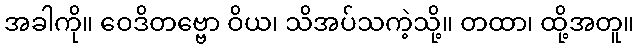
အခါကို။ ဝေဒိတဗ္ဗော ဝိယ၊ သိအပ်သကဲ့သို့။ တထာ၊ ထို့အတူ။